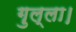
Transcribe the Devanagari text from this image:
गुल्ला।